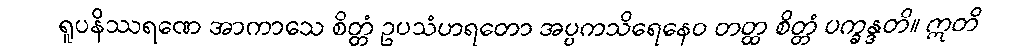
ရူပနိဿရဏေ အာကာသေ စိတ္တံ ဥပသံဟရတော အပ္ပကသိရေနေဝ တတ္ထ စိတ္တံ ပက္ခန္ဒတိ။ ဣတိ